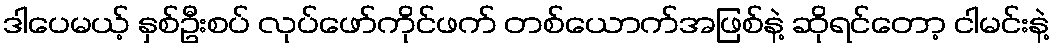
ဒါပေမယ့် နှစ်ဦးစပ် လုပ်ဖော်ကိုင်ဖက် တစ်ယောက်အဖြစ်နဲ့ ဆိုရင်တော့ ငါမင်းနဲ့